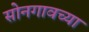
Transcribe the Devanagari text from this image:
सोनगावच्या